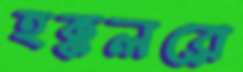
হক্কলরে